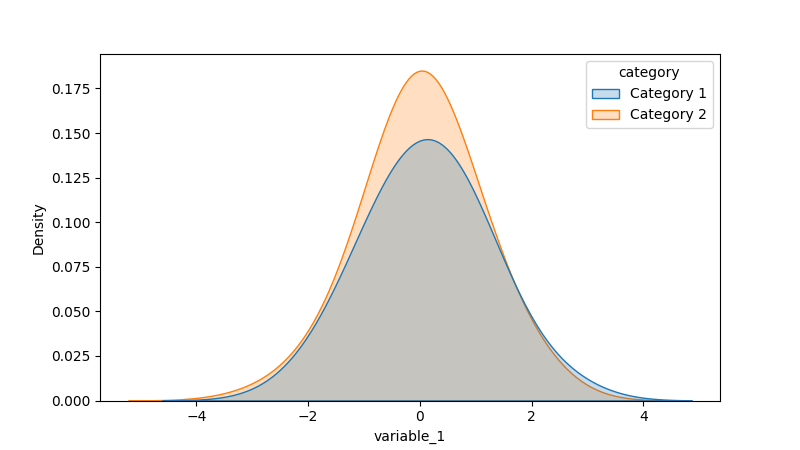
python, seaborn, kdeplot, hue='category', fill=True, bw_adjust=2.0